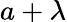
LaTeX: a+\lambda